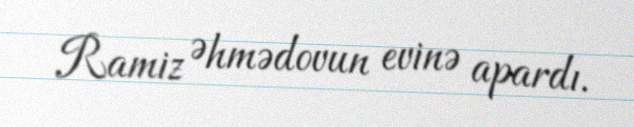
Ramiz Əhmədovun evinə apardı.